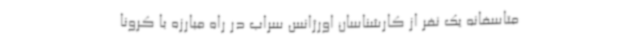
متاسفانه یک نفر از کارشناسان اورژانس سراب در راه مبارزه با کرونا